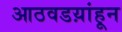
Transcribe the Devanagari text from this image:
आठवडय़ांहून